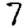
Digit: 7